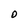
Character: D